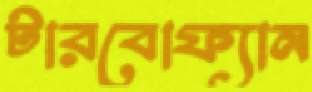
টারবোফ্যান